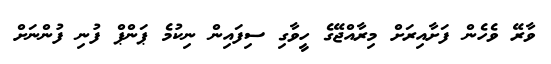
ވާރޭ ވެހެން ފަށާއިރަށް މިރާއްޖޭގެ ހީވާގި ސިފައިން ނިކުމެ ޕަންޕް ފުނި ފުންނަށް